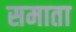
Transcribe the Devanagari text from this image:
समाता